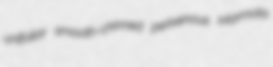
unifoliar smooth-chinned perivenous Marmota